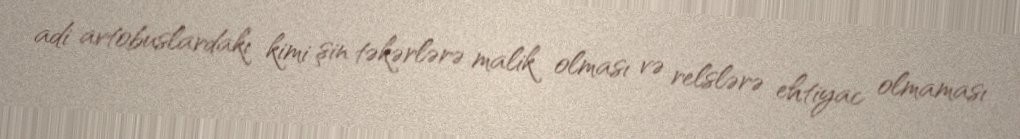
adi avtobuslardakı kimi şin təkərlərə malik olması və relslərə ehtiyac olmaması